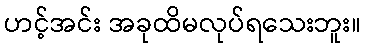
ဟင့်အင်း အခုထိမလုပ်ရသေးဘူး။